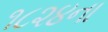
૧૮૨૪ના